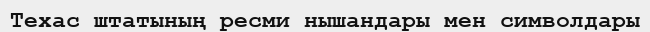
Техас штатының ресми нышандары мен символдары